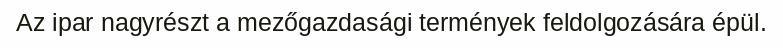
Az ipar nagyrészt a mezőgazdasági termények feldolgozására épül.